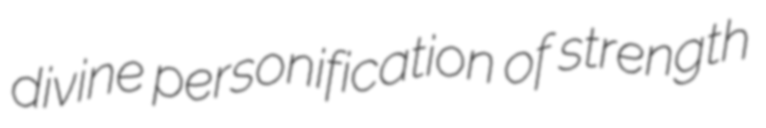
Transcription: divine personification of strength